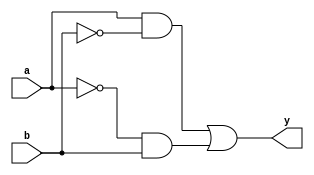
module xor_gate (
    input wire a,
    input wire b,
    output reg y
);

wire not_a;
wire not_b;

assign not_a = ~a;
assign not_b = ~b;

// Transmission gates for pass-gate XOR gate
assign y = (a & not_b) | (not_a & b);

endmodule